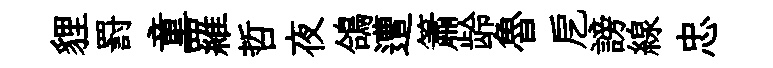
貍罸童羅哲夜鴿遭簫龄魯戹謗線忠